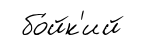
бо́йк'ий